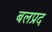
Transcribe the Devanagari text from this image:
बलप्रद